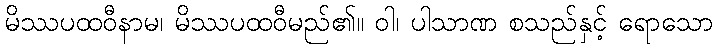
မိဿပထဝီနာမ၊ မိဿပထဝီမည်၏။ ဝါ၊ ပါသာဏ စသည်နှင့် ရောသော